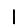
Digit: 1